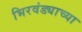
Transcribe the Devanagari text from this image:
भिरवंड्याच्या